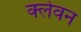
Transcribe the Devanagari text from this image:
क्लेवन